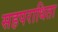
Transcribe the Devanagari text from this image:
सहपराधिता